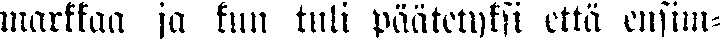
markkaa ja kun tuli päätetyksi että ensim-